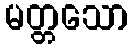
မတ္တသော